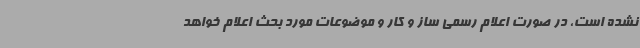
نشده است، در صورت اعلام رسمی ساز و کار و موضوعات مورد بحث اعلام خواهد